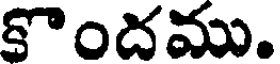
కొందము.